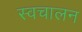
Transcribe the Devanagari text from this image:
स्‍वचालन